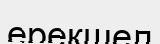
ерекшел